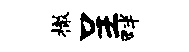
撤呈畔